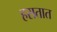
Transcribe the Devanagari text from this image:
हसतात